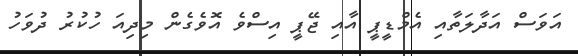
އަވަސް އަދާލަތާއި އެމްޑީޕީ އާއި ޖޭޕީ އިސްވެ އޮވެގެން މިދިއަ ހުކުރު ދުވަހު